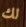
لك